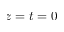
z = t = 0